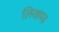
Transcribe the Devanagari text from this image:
लिखपढ़